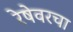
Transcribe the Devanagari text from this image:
रेषेवरचा